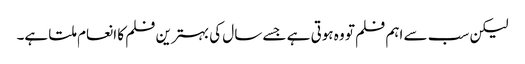
لیکن سب سے اہم فلم تو وہ ہوتی ہے جسے سال کی بہترین فلم کا انعام ملتا ہے۔